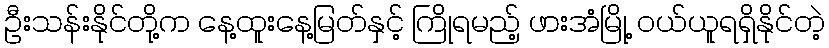
ဦးသန်းနိုင်တို့က နေ့ထူးနေ့မြတ်နှင့် ကြိုရမည့် ဖားအံမြို့ ဝယ်ယူရရှိနိုင်တဲ့